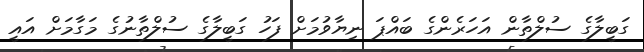
ގަބީލާގެ ސުލްތާން އަހަރެންގެ ބައްޕަ ނިޔާވުމަށް ފަހު ގަބީލާގެ ސުލްތާނުގެ މަގާމަށް އައީ